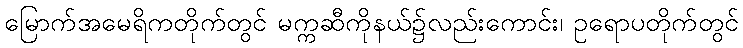
မြောက်အမေရိကတိုက်တွင် မက္ကဆီကိုနယ်၌လည်းကောင်း၊ ဥရောပတိုက်တွင်